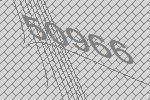
50966